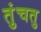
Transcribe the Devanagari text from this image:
तुंचतु